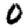
Digit: 0